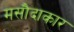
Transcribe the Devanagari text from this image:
मसौदाकार